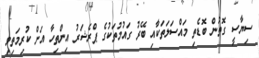
ސިޔާސީ ގޮތުން ބޮޑެތި މައްސަލަތަކާއި ބޭރު ގައުމުތަކުގެ ޕްރެޝަރު އިންތިހާ އަށް ކުރިމަތިވި